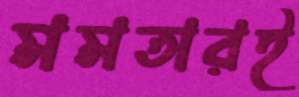
মমতারই